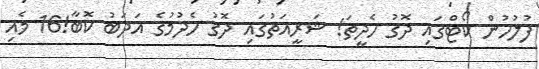
ފުލުހުން ކޯޓްގައި ދޮގު ހެދީތަ! ޝަރީއަތުގައި ދޮގު ހެދުމުގެ އަދަބު ކޮބާ!16 މެއި